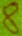
Text: 8